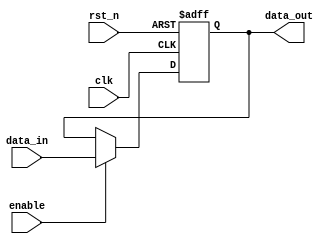
module output_register #(
    parameter WIDTH = 8  // Parameter to define the bit width of the register
)(
    input wire clk,          // Clock input
    input wire rst_n,       // Asynchronous reset (active low)
    input wire enable,      // Enable signal
    input wire [WIDTH-1:0] data_in, // Data input
    output reg [WIDTH-1:0] data_out // Output register
);

// Asynchronous reset and synchronous update on clock edge
always @(posedge clk or negedge rst_n) begin
    if (!rst_n) begin
        data_out <= {WIDTH{1'b0}}; // Clear the register to zero
    end else if (enable) begin
        data_out <= data_in; // Capture the data input on clock edge if enabled
    end
end

endmodule